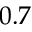
0 . 7